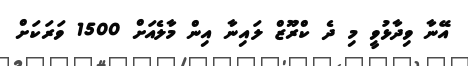
އޭނާ ވިދާޅުވީ މި ދެ ކްރޫޒް ލައިނާ އިން މާލެއަށް 1500 ވަރަކަށް